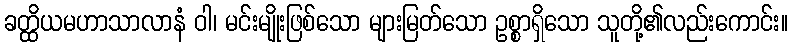
ခတ္ထိယမဟာသာလာနံ ဝါ၊ မင်းမျိုးဖြစ်သော များမြတ်သော ဥစ္စာရှိသော သူတို့၏လည်းကောင်း။